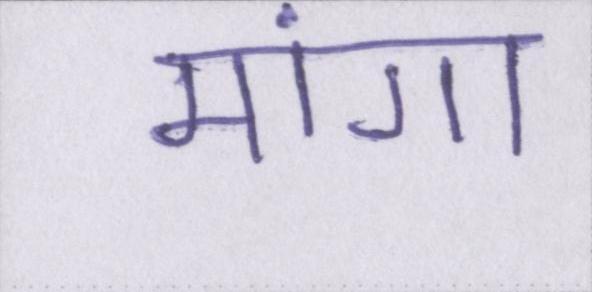
मांगा